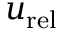
\boldsymbol { u } _ { \mathrm { r e l } }